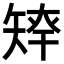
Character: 𥏢